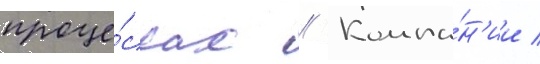
проце́ссах // Компа́н'ии /